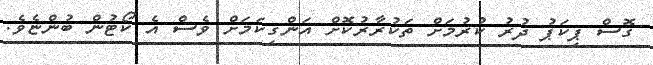
ގޮސް ޕިކަޕު ދުރު ކުރުމަށް ތަކުރާރުކޮށް އަންގިކަމަށް ވެސް އެ ކޯޓުން ބުންޏެވެ.